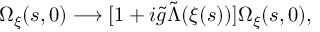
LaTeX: \Omega _ { \xi } ( s , 0 ) \longrightarrow [ 1 + i { \tilde { g } } { \tilde { \Lambda } } ( \xi ( s ) ) ] \Omega _ { \xi } ( s , 0 ) ,